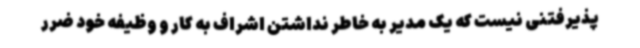
پذیرفتنی نیست که یک مدیر به خاطر نداشتن اشراف به کار و وظیفه خود ضرر